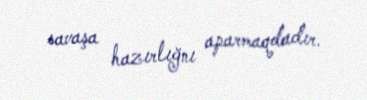
savaşa hazırlığnı aparmaqdadır.